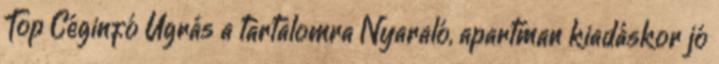
Top Céginfó Ugrás a tartalomra Nyaraló, apartman kiadáskor jó